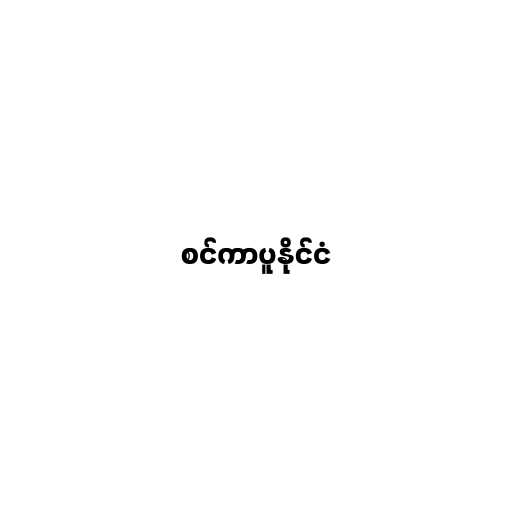
စင်ကာပူနိုင်ငံ